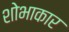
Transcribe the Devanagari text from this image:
शोभाकार